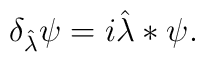
\delta_{\hat{\lambda}}\psi=i\hat{\lambda}\ast\psi.